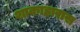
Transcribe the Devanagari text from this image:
शाकाहारास